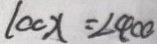
1 0 0 x = 2 4 0 0